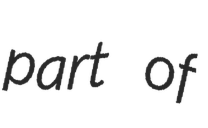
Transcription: part of